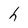
Character: h